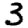
Digit: 3